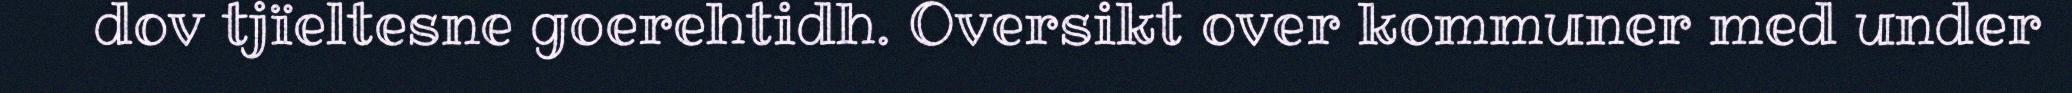
dov tjïeltesne goerehtidh. Oversikt over kommuner med under